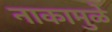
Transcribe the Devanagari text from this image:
नाकामुळे